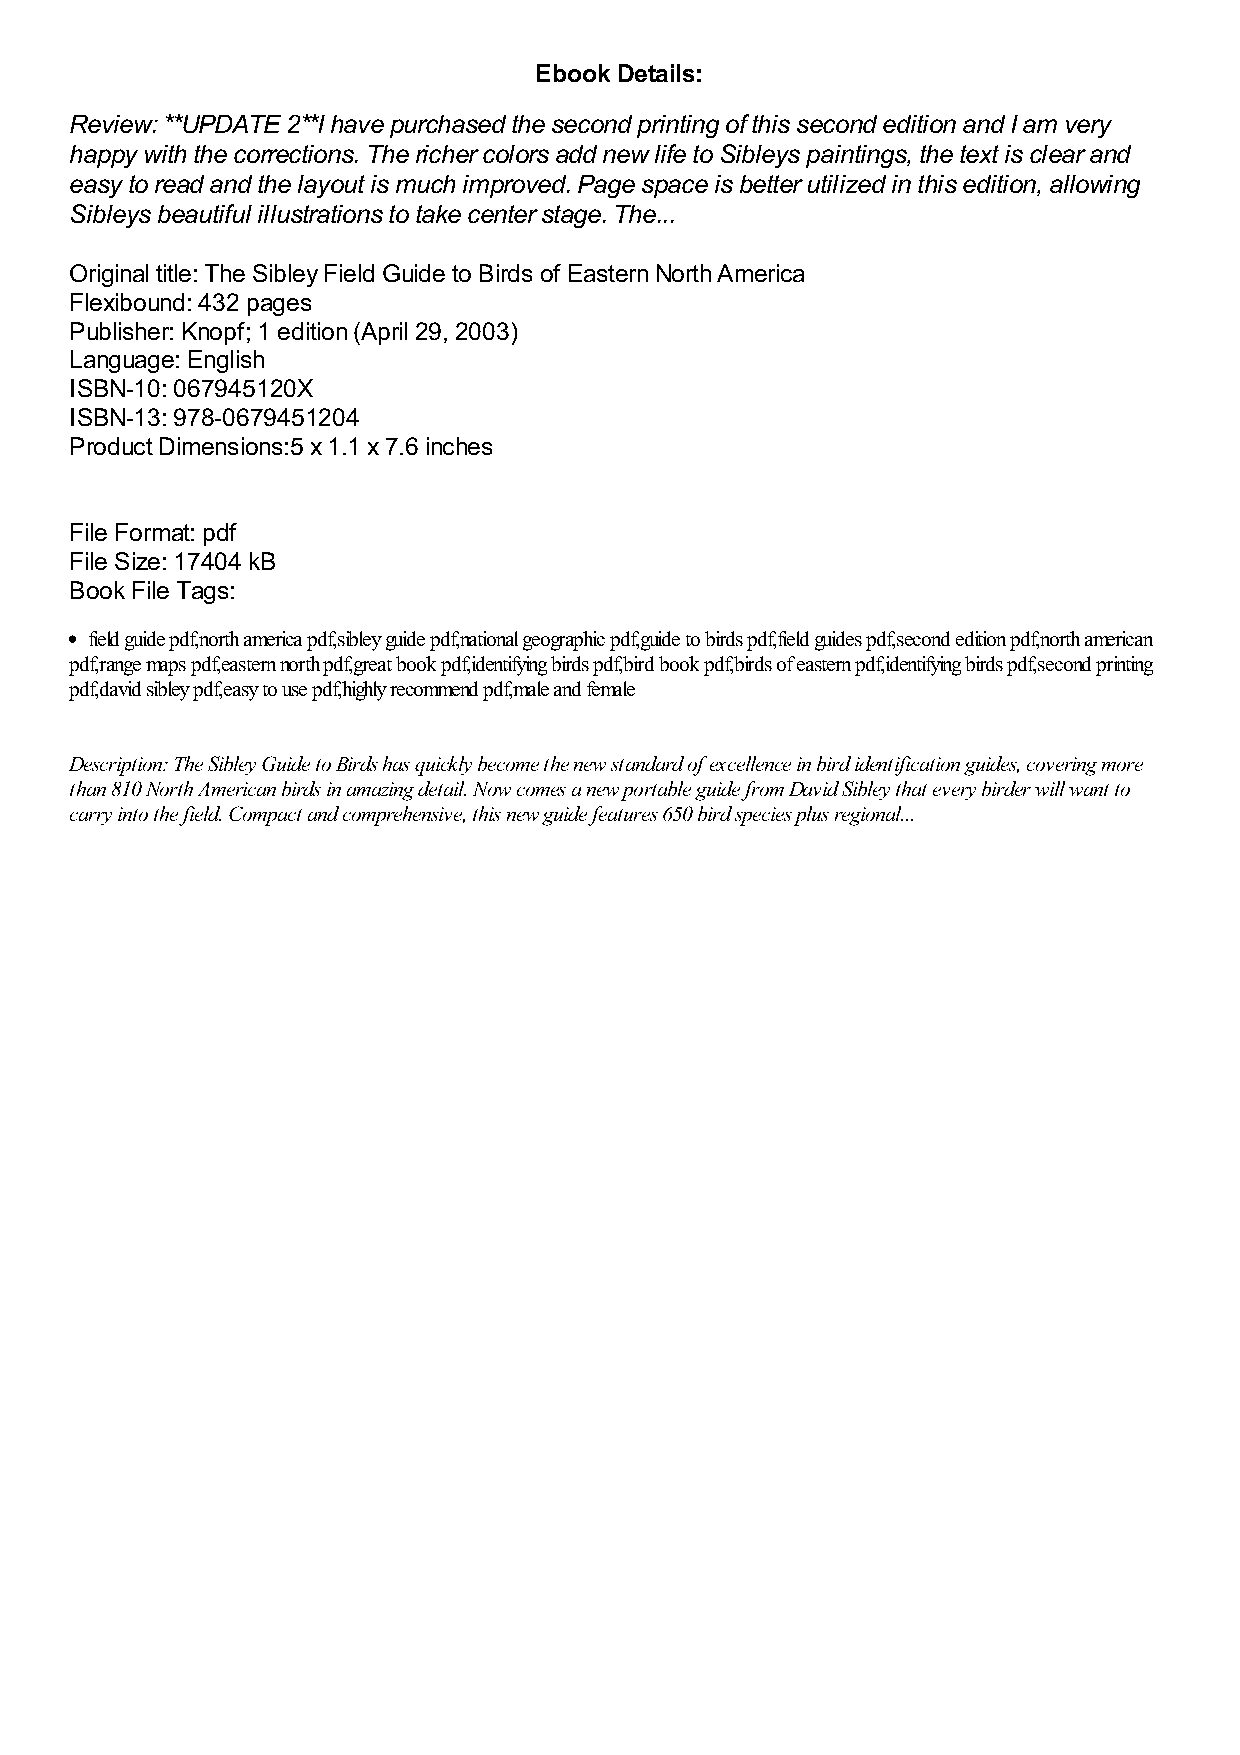
Ebook Details:
 Review: **UPDATE 2**I have purchased the second printing of this second edition and I am very
 happy with the corrections. The richer colors add new life to Sibleys paintings, the text is clear and
 easy to read and the layout is much improved. Page space is better utilized in this edition, allowing
 Sibleys beautiful illustrations to take center stage. The...
 Original title: The Sibley Field Guide to Birds of Eastern North America
 Flexibound: 432 pages
 Publisher: Knopf; 1 edition (April 29, 2003)
 Language: English
 ISBN-10: 067945120X
 ISBN-13: 978-0679451204
 Product Dimensions:5 x 1.1 x 7.6 inches
 File Format: pdf
 File Size: 17404 kB
 Book File Tags:
 field guide pdf,north america pdf,sibley guide pdf,national geographic pdf,guide to birds pdf,field guides pdf,second edition pdf,north american
 pdf,range maps pdf,eastern north pdf,great book pdf,identifying birds pdf,bird book pdf,birds of eastern pdf,identifying birds pdf,second printing
 pdf,david sibley pdf,easy to use pdf,highly recommend pdf,male and female
 Description: The Sibley Guide to Birds has quickly become the new standard of excellence in bird identification guides, covering more
 than 810 North American birds in amazing detail. Now comes a new portable guide from David Sibley that every birder will want to
 carry into the field. Compact and comprehensive, this new guide features 650 bird species plus regional...